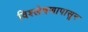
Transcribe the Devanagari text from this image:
विश्लेषणापासून